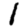
Digit: 1